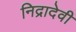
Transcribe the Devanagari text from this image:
निद्रादेवी